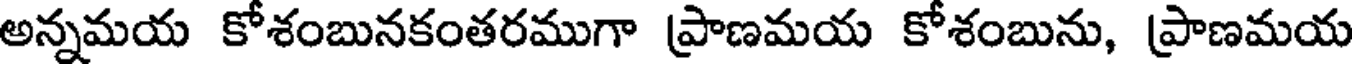
అన్నమయ కోశంబునకంతరముగా ప్రాణమయ కోశంబును, ప్రాణమయ